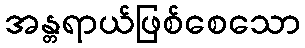
အန္တရာယ်ဖြစ်စေသော